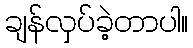
ချန်လှပ်ခဲ့တာပါ။